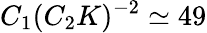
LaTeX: C_{1}(C_{2}K)^{-2}\simeq 49